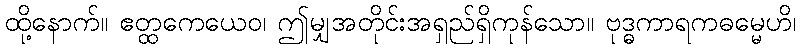
ထို့နောက်။ ဧတ္ထကေယေဝ၊ ဤမျှအတိုင်းအရှည်ရှိကုန်သော။ ဗုဒ္ဓကာရကဓမ္မေဟိ၊